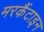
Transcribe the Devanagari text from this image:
मरकैंटाइन